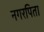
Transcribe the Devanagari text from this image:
नगरपिता